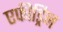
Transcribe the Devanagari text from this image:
एफीड्रिन